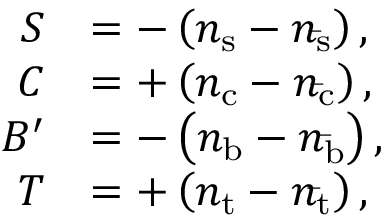
{ \begin{array} { r l } { S } & { = - \left( n _ { \mathrm { s } } - n _ { \mathrm { \bar { s } } } \right) , } \\ { C } & { = + \left( n _ { \mathrm { c } } - n _ { \mathrm { \bar { c } } } \right) , } \\ { B ^ { \prime } } & { = - \left( n _ { \mathrm { b } } - n _ { \mathrm { \bar { b } } } \right) , } \\ { T } & { = + \left( n _ { \mathrm { t } } - n _ { \mathrm { \bar { t } } } \right) , } \end{array} }